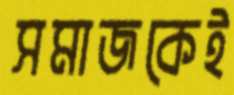
সমাজকেই